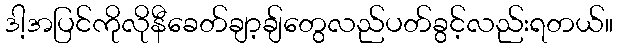
ဒါ့အပြင်ကိုလိုနီခေတ်ချာ့ချ်တွေလည်ပတ်ခွင့်လည်းရတယ်။